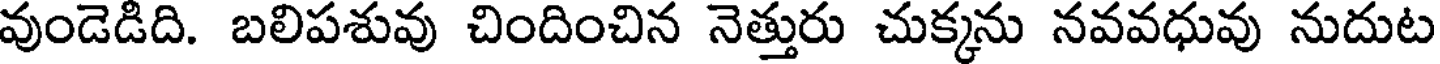
వుండెడిది. బలిపశువు చిందించిన నెత్తురు చుక్కను నవవధువు నుదుట